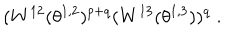
( W ^ { 1 2 } ( \theta ^ { 1 , 2 } ) ^ { p + q } ( W ^ { 1 3 } ( \theta ^ { 1 , 3 } ) ) ^ { q } \; .